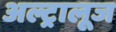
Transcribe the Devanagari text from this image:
अल्ट्रालूज